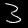
Label: 3